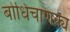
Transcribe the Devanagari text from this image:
बोधिचाणक्य